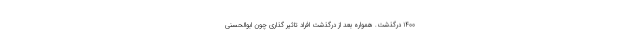
۱۴۰۰ درگذشت. همواره بعد از درگذشت افراد تاثیر گذاری چون ابوالحسنی